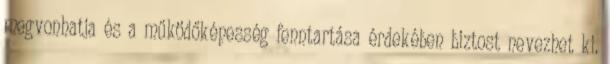
megvonhatja és a működőképesség fenntartása érdekében biztost nevezhet ki.